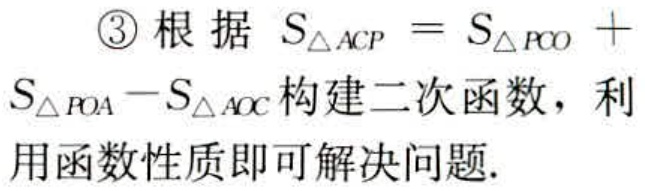
\textcircled{3}根据 \(S_{\triangle ACP}=S_{\triangle PCO}+S_{\triangle POA}-S_{\triangle AOC}\)构建二次函数，利用函数性质即可解决问题.